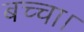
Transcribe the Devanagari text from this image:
बच्चा।